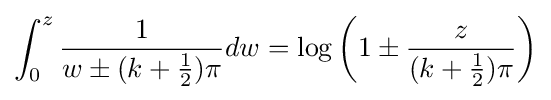
\int _{0}^{z}{\frac {1}{w\pm (k+{\frac {1}{2}})\pi }}dw=\log \left(1\pm {\frac {z}{(k+{\frac {1}{2}})\pi }}\right)